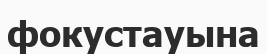
фокустауына